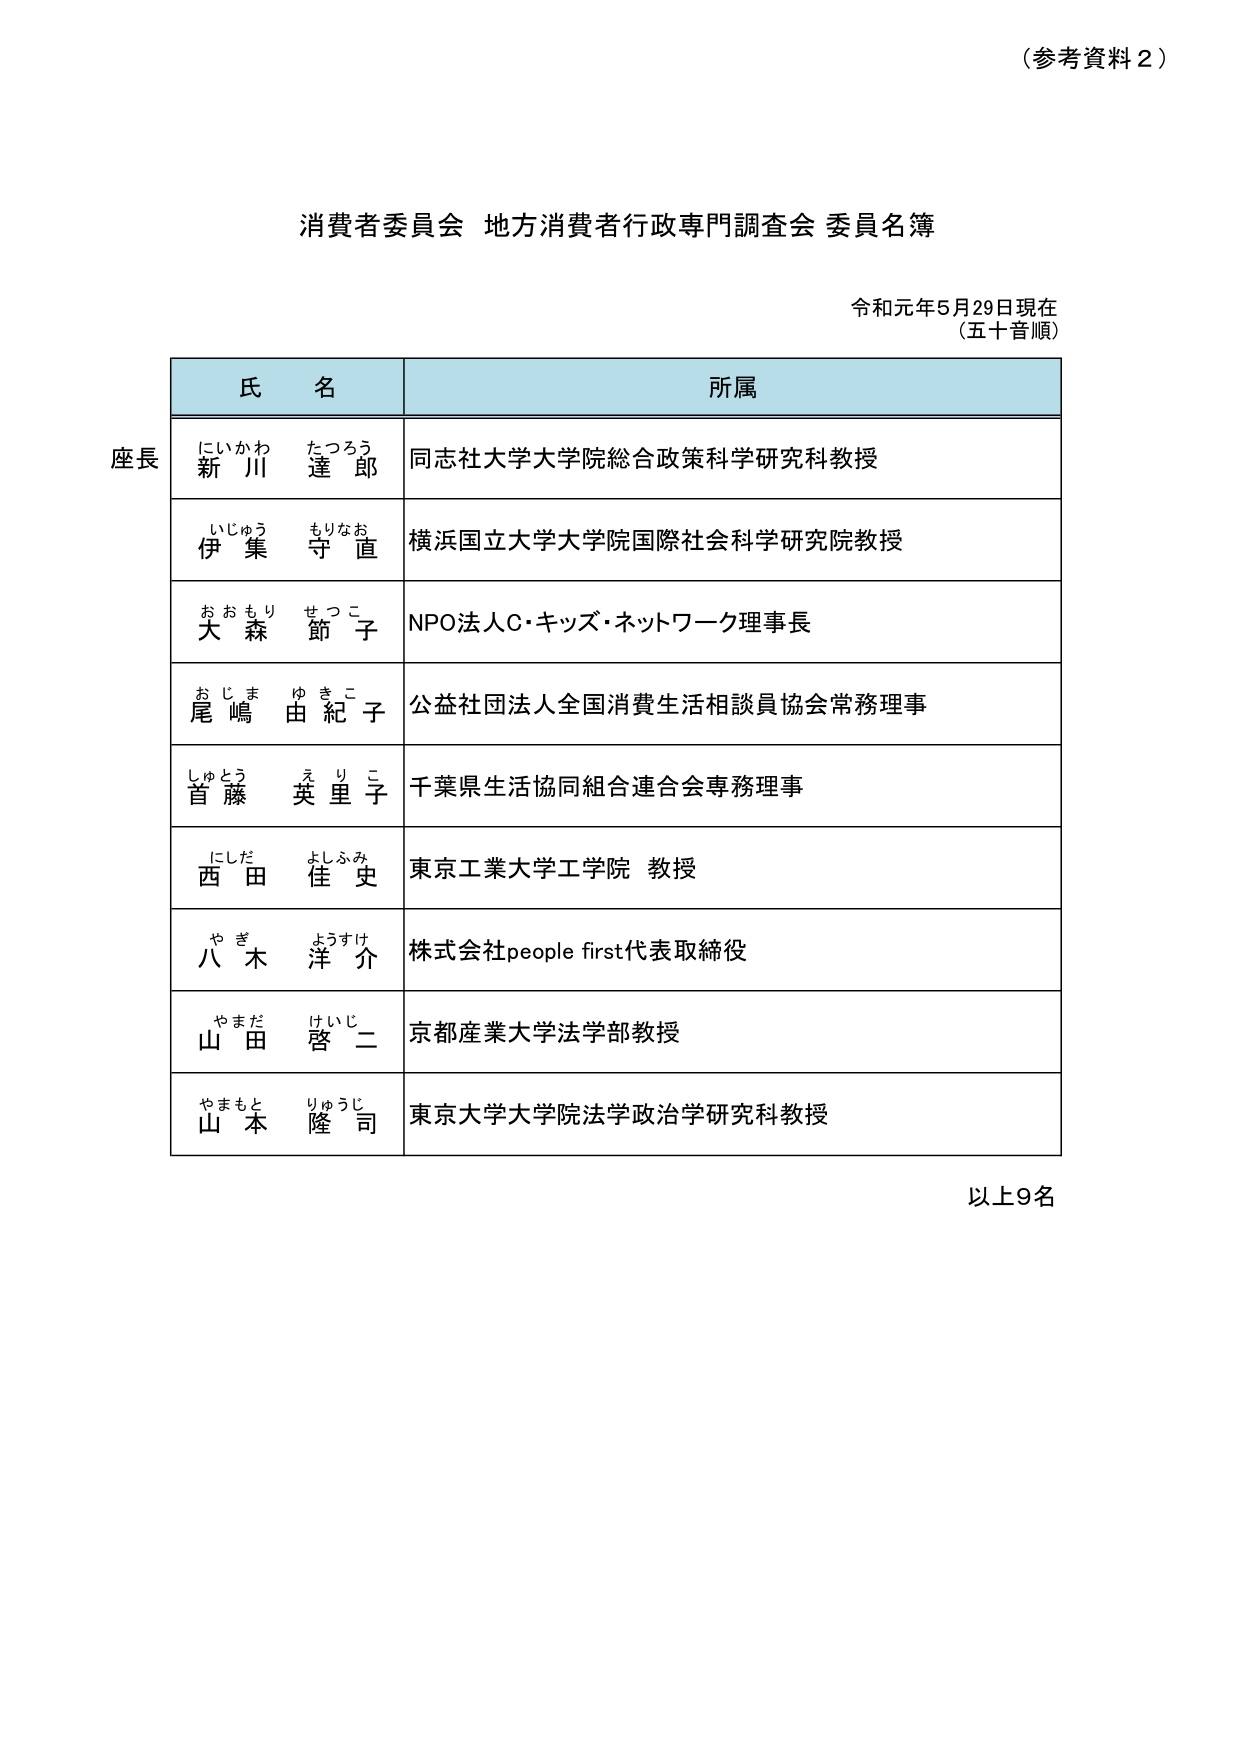
（参考資料２）

消費者委員会 地方消費者行政専門調査会 委員名簿

令和元年5月29日現在
（五十音順）

氏 名　　　　　　　　　　　　　　　　　　　　　　　　　　　　　所属

座長
にいかわ　たつろう　　同志社大学大学院総合政策科学研究科教授
新川　達郎

いじゅう　もりなお　　横浜国立大学大学院国際社会科学研究院教授
伊集　守直

おおもり　せつこ　　NPO法人C・キッズ・ネットワーク理事長
大森　節子

おじま　ゆきこ　　公益社団法人全国消費生活相談員協会常務理事
尾嶋　由紀子

しゅとう　えりこ　　千葉県生活協同組合連合会専務理事
首藤　英里子

にしだ　よしふみ　　東京工業大学工学院 教授
西田　佳史

やぎ　ようすけ　　株式会社people first代表取締役
八木　洋介

やまだ　けいじ　　京都産業大学法学部教授
山田　啓二

やまもと　りゅうじ　　東京大学大学院法学政治学研究科教授
山本　隆司

以上9名